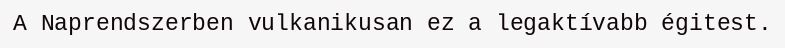
A Naprendszerben vulkanikusan ez a legaktívabb égitest.